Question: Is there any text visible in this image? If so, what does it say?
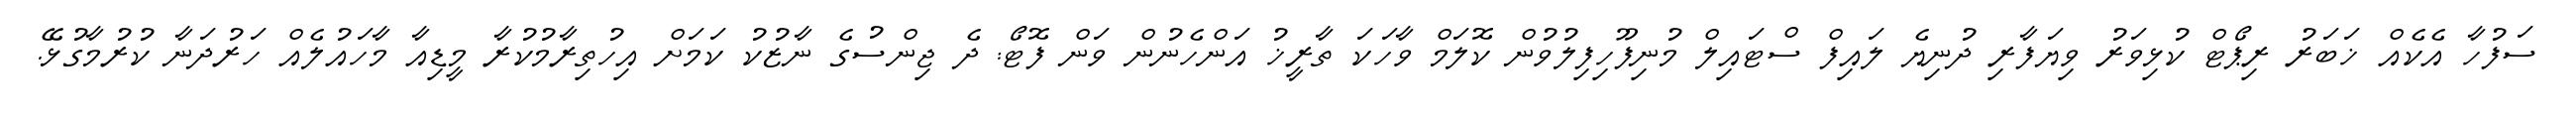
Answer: ސަފުހާ އެކެއް ޚަބަރު ރިޕޯޓް ކުޅިވަރު ވިޔަފާރި ދުނިޔެ ލައިފް ސްޓައިލް މުނިފޫހިފިލުވުން ކޮލަމް ވާހަކަ ތާރީޚު އަންހެނުން ވަން ފޮޓޯ: ދެ ޖިންސުގެ ނާޒުކު ކަމަށް އިހުތިރާމުކުރާ މީޑިއާ މާހައުލެއް ހަރުދަނާ ކުރުމާގުޅޭ.